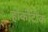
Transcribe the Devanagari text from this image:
होंकीटोंक